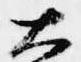
大